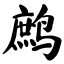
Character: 鹧